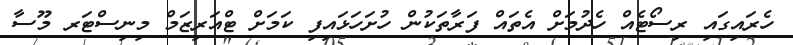
ހެރައިގައި ރިސޯޓެއް ހެދުމަށް އެތައް ފަރާތަކުން ހުށަހަޅައިފި ކަމަށް ޓްއަރިޒަމް މިނިސްޓަރ މޫސާ